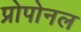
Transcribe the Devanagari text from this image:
प्रोपोनल